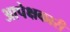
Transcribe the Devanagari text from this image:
आपेक्षकारी